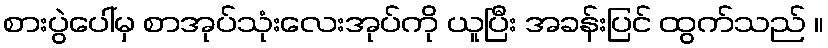
စားပွဲပေါ်မှ စာအုပ်သုံးလေးအုပ်ကို ယူပြီး အခန်းပြင် ထွက်သည် ။